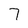
Character: 7